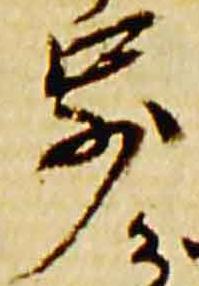
歩